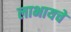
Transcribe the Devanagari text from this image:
लाभायचे